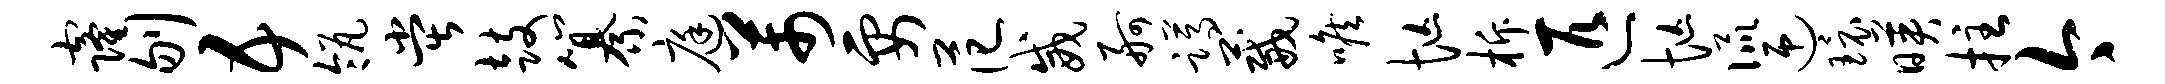
窿刎五瓴堂鼓纂庭芾要范威舸蹲葳喉忙柝匹忙侃迎环映拄今